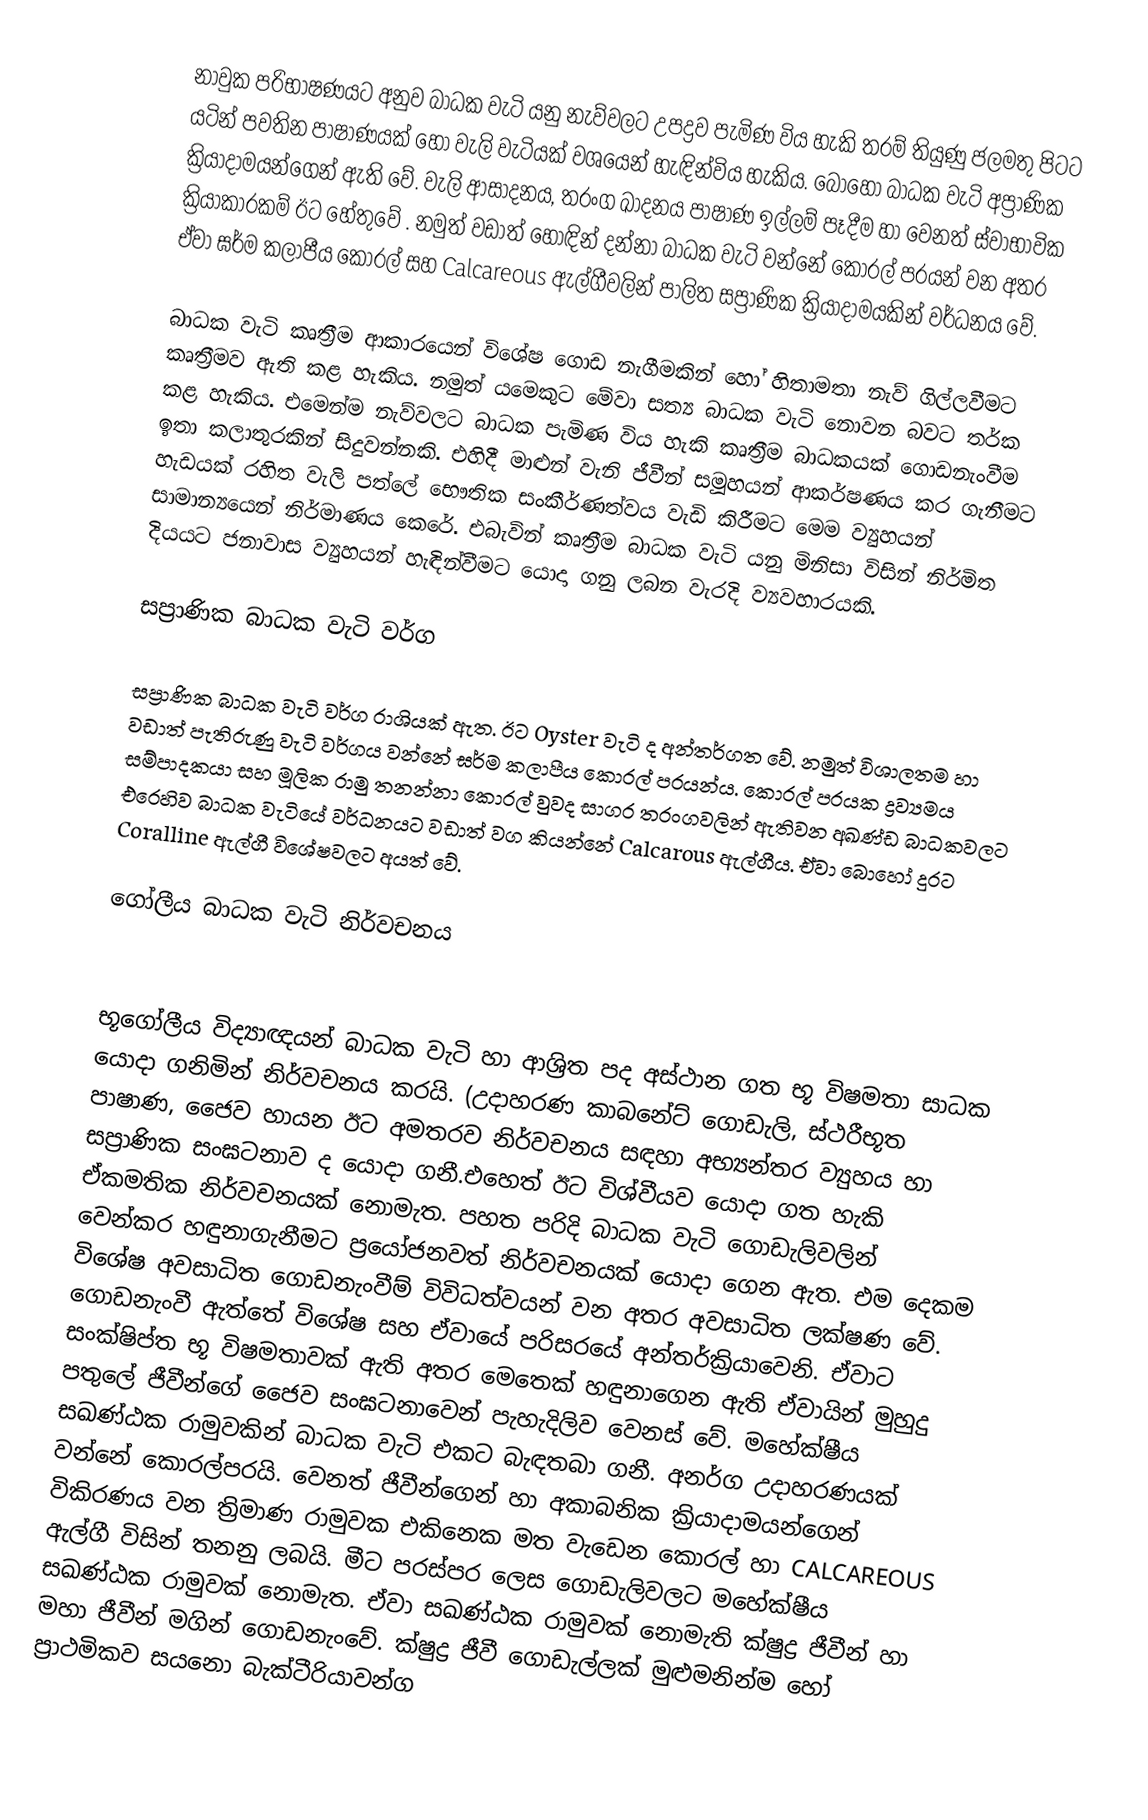
නාවුක පරිභාෂණයට අනුව බාධක වැටි යනු නැව්වලට උපද්‍රව පැමිණ විය හැකි තරම් තියුණු ජලමතු පිටට යටින් පවතින පාෂාණයක් හෝ වැලි වැටියක් වශයෙන් හැඳින්විය හැකිය. බොහෝ බාධක වැටි අප්‍රාණික ක්‍රියාදාමයන්ගෙන් ඇති වේ. වැලි ආසාදනය, තරංග ඛාදනය පාෂාණ ඉල්ලම් පෑදීම හා වෙනත් ස්වාභාවික ක්‍රියාකාරකම් ඊට හේතුවේ . නමුත් වඩාත් හොඳින් දන්නා බාධක වැටි වන්නේ කොරල් පරයන් වන අතර ඒවා ඝර්ම කලාපීය කොරල් සහ Calcareous ඇල්ගීවලින් පාලිත සප්‍රාණික ක්‍රියාදාමයකින් වර්ධනය වේ.

බාධක වැටි කෘත්‍රීම ආකාරයෙන් විශේෂ ගොඩ නැගීමකින් හෝ හිතාමතා නැව් ගිල්ලවීමට කෘත්‍රීමව ඇති කළ හැකිය. නමුත් යමෙකුට මේවා සත්‍ය බාධක වැටි නොවන බවට තර්ක කළ හැකිය. එමෙන්ම නැව්වලට බාධක පැමිණ විය හැකි කෘත්‍රීම බාධකයක් ගොඩනැංවීම ඉතා කලාතුරකින් සිදුවන්නකි. එහිදී මාළුන් වැනි ජීවීන් සමූහයන් ආකර්ෂණය කර ගැනීමට හැඩයක් රහිත වැලි පත්ලේ භෞතික සංකීර්ණත්වය වැඩි කිරීමට මෙම ව්‍යුහයන් සාමාන්‍යයෙන් නිර්මාණය කෙරේ. එබැවින් කෘත්‍රීම බාධක වැටි යනු මිනිසා විසින් නිර්මිත දියයට ජනාවාස ව්‍යුහයන් හැඳින්වීමට යොදා ගනු ලබන වැරදි ව්‍යවහාරයකි.

සප්‍රාණික බාධක වැටි වර්ග

සප්‍රාණික බාධක වැටි වර්ග රාශියක් ඇත. ඊට Oyster වැටි ද අන්තර්ගත වේ. නමුත් විශාලතම හා වඩාත් පැතිරුණු වැටි වර්ගය වන්නේ ඝර්ම කලාපීය කොරල් පරයන්ය. කොරල් පරයක ද්‍රව්‍යමය සම්පාදකයා සහ මූලික රාමු තනන්නා කොරල් වුවද සාගර තරංගවලින් ඇතිවන අඛණ්ඩ බාධකවලට එරෙහිව බාධක වැටියේ වර්ධනයට වඩාත් වග කියන්නේ Calcarous ඇල්ගීය. ඒවා බොහෝ දුරට Coralline ඇල්ගී විශේෂවලට අයත් වේ.

ගෝලීය බාධක වැටි නිර්වචනය

භූගෝලීය විද්‍යාඥයන් බාධක වැටි හා ආශ්‍රිත පද අස්ථාන ගත භූ විෂමතා සාධක යොදා ගනිමින් නිර්වචනය කරයි. (උදාහරණ කාබනේට් ගොඩැලි, ස්ථරීභූත පාෂාණ, ජෛව හායන ඊට අමතරව නිර්වචනය සඳහා අභ්‍යන්තර ව්‍යුහය හා සප්‍රාණික සංඝටනාව ද යොදා ගනී.එහෙත් ඊට විශ්වීයව යොදා ගත හැකි ඒකමතික නිර්වචනයක් නොමැත. පහත පරිදි බාධක වැටි ගොඩැලිවලින් වෙන්කර හඳුනාගැනීමට ප්‍රයෝජනවත් නිර්වචනයක් යොදා ගෙන ඇත. එම දෙකම විශේෂ අවසාධිත ගොඩනැංවීම් විවිධත්වයන් වන අතර අවසාධිත ලක්ෂණ වේ. ගොඩනැංවී ඇත්තේ විශේෂ සහ ඒවායේ පරිසරයේ අන්තර්ක්‍රියාවෙනි. ඒවාට සංක්ෂිප්ත භූ විෂමතාවක් ඇති අතර මෙතෙක් හඳුනාගෙන ඇති ඒවායින් මුහුදු පතුලේ ජීවීන්ගේ ජෛව සංඝටනාවෙන් පැහැදිලිව වෙනස් වේ. මහේක්ෂීය සඛණ්ඨක රාමුවකින් බාධක වැටි එකට බැඳතබා ගනී. අනර්ග උදාහරණයක් වන්නේ කොරල්පරයි. වෙනත් ජීවීන්ගෙන් හා අකාබනික ක්‍රියාදාමයන්ගෙන් විකිරණය වන ත්‍රිමාණ රාමුවක එකිනෙක මත වැඩෙන කොරල් හා CALCAREOUS ඇල්ගී විසින් තනනු ලබයි. මීට පරස්පර ලෙස ගොඩැලිවලට මහේක්ෂීය සඛණ්ඨක රාමුවක් නොමැත. ඒවා සඛණ්ඨක රාමුවක් නොමැති ක්ෂුද්‍ර ජීවීන් හා මහා ජීවීන් මගින් ගොඩනැංවේ. ක්ෂුද්‍ර ජීවී ගොඩැල්ලක් මුළුමනින්ම හෝ ප්‍රාථමිකව සයනො බැක්ටීරියාවන්ග